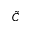
\Tilde { C }